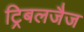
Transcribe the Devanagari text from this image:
ट्रिबलजैज